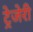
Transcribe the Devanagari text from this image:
ट्रेजेरी